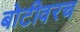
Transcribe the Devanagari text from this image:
बोटीवरच